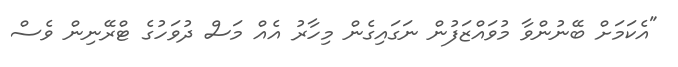
"އެކަމަށް ބޭނުންވާ މުވައްޒަފުން ނަގައިގެން މިހާރު އެއް މަސް ދުވަހުގެ ޓްރޭނިން ވެސް